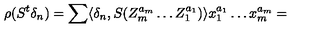
\rho ( S ^ { t } \delta _ { n } ) = \sum \langle \delta _ { n } , S ( Z _ { m } ^ { a _ { m } } \ldots Z _ { 1 } ^ { a _ { 1 } } ) \rangle x _ { 1 } ^ { a _ { 1 } } \ldots x _ { m } ^ { a _ { m } } =